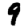
Digit: 9